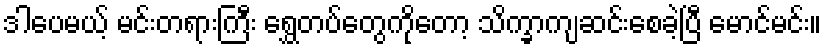
ဒါပေမယ့် မင်းတရားကြီး ရွှေတပ်တွေကိုတော့ သိက္ခာကျဆင်းစေခဲ့ပြီ မောင်မင်း။